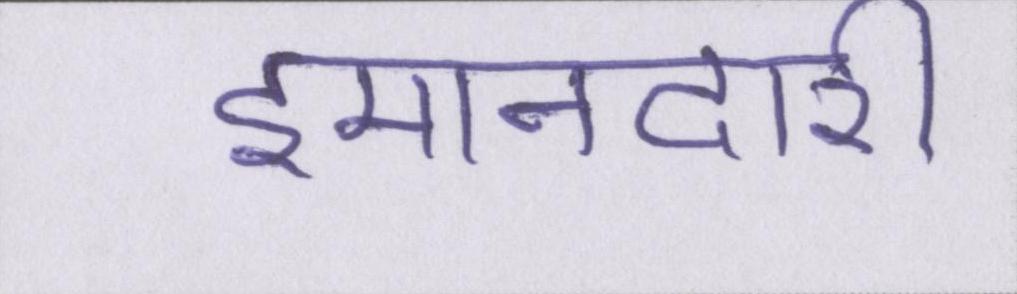
इमानदारी